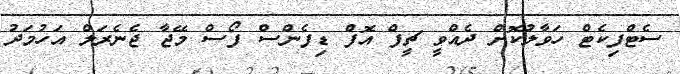
ސެޓްފިކެޓް ހަވާލުކޮށް ދެއްވީ ޗީފް އޮފް ޑިފެންސް ފޯސް މޭޖާ ޖެނެރަލް އަހުމަދު